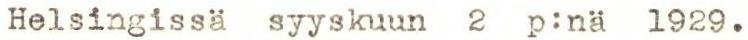
Helsingissä syyskuun 2 p:nä 1929.